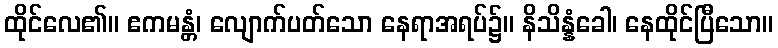
ထိုင်လေ၏။ ဧကမန္တံ၊ လျောက်ပတ်သော နေရာအရပ်၌။ နိသိန္နံခေါ၊ နေထိုင်ပြီသော။